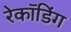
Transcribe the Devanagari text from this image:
रेकॉडिंग